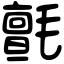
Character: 氈